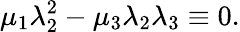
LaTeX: \mu_{1}\lambda_{2}^{2}-\mu_{3}\lambda_{2}\lambda_{3}\equiv 0.